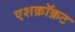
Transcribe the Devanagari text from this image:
एशक्रॉक्रट